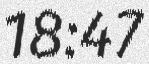
18:47